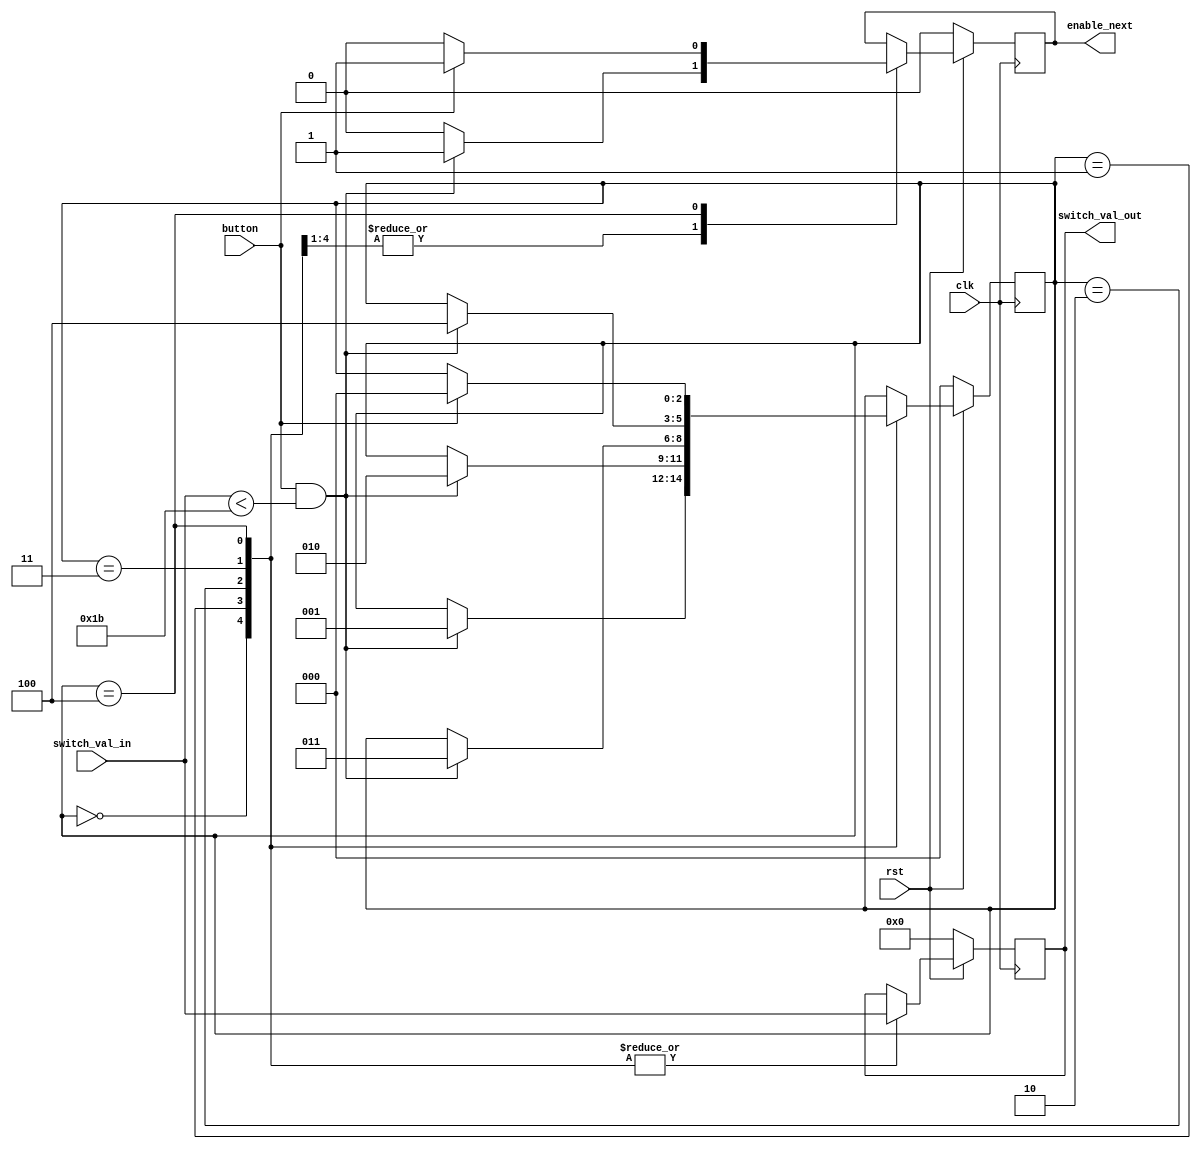
module load_letters (
    // sequential logic vars
    rst, clk, 
    // loading user values vars
    button, switch_val_in, 
    // output to encryption module vars
    enable_next,
    // output to bpth modules var
    switch_val_out);
    
    // input vars
    input rst, clk, button; // 1-bit
    input [4:0] switch_val_in; // 5-bit

    // output vars
    output reg enable_next; // 1-bit
    output reg [4:0] switch_val_out; //  5-bit

    // helper vars
    reg [2:0] state; // 3-bit
    parameter state_load_l1 = 3'b000, state_load_l2 = 3'b001;
    parameter state_load_l3 = 3'b010, state_load_l4 = 3'b011;
    parameter state_fully_loaded = 3'b100;

    always @(posedge clk) begin
        if(rst == 0) begin
            // if rst is ACTIVE, switch val out & enable next must be 0
	    //to go into state one after a value is loaded
            enable_next <= 0;
            switch_val_out <= 5'b00000;

            state <= state_load_l1;
        end
        else begin
            case (state)
                state_load_l1: begin
                    enable_next <= 0;  //set enable next to 0 until button is pressed
                    switch_val_out <= switch_val_in;  //switch val out to be switch val in for the first character
                    
                    if (button == 1 && switch_val_in < 5'b11011) begin
			//checks for button press & valid switch value 
                        enable_next <= 1;
                        state <= state_load_l2;
                    end
                end
                state_load_l2: begin
                    enable_next <= 0;
                    switch_val_out <= switch_val_in;

                    if (button == 1 && switch_val_in < 5'b11011) begin
                        enable_next <= 1;
                        state <= state_load_l3;
                    end
                end
                state_load_l3: begin
                    enable_next <= 0;
                    switch_val_out <= switch_val_in;

                    if (button == 1 && switch_val_in < 5'b11011) begin
                        enable_next <= 1;
                        state <= state_load_l4;
                    end
                end
                state_load_l4: begin
                    enable_next <= 0;
                    switch_val_out <= switch_val_in;

                    if (button == 1 && switch_val_in < 5'b11011) begin
                        enable_next <= 1;
                        state <= state_fully_loaded;
                    end
                end
                state_fully_loaded: begin
		    //remains in this state since all characters are loaded 
		    //stays in this state until button is pressed
                    enable_next <= 0;
                    switch_val_out <= switch_val_in;

                    if (button == 1) begin
			//If button is pressed, go back to the first state to looad new letters
                        enable_next <= 1; 
                        state <= state_load_l1;
                    end
                end
            endcase
        end
    end
endmodule